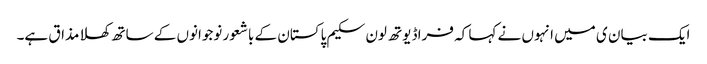
ایک بیان ی میں انہوں نے کہا کہ فراڈ یوتھ لون سکیم پاکستان کے باشعور نوجوانوں کے ساتھ کھلا مذاق ہے۔